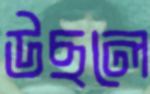
উছলে